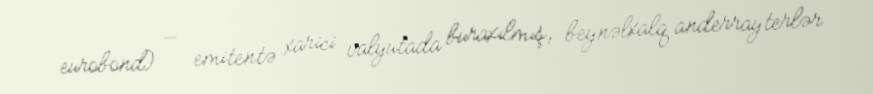
eurobond) — emitentə xarici valyutada buraxılmış, beynəlxalq anderrayterlər